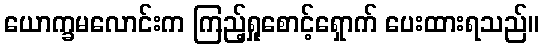
ယောက္ခမလောင်းက ကြည့်ရှုစောင့်ရှောက် ပေးထားရသည်။